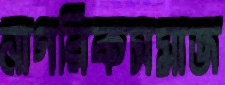
নাগরিকসমাজ